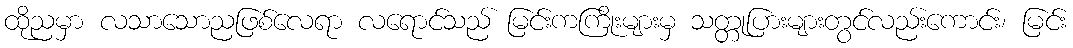
ထိုညမှာ လသာသောညဖြစ်လေရာ လရောင်သည် မြင်းကကြိုးများမှ သတ္တုပြားများတွင်လည်းကောင်း၊ မြင်း